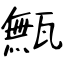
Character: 甒